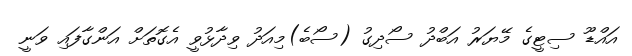
އައްޑޫ ސިޓީގެ މޭޔަރު އަބްދު ސޯދިގު (ސޯބެ)މިއަދު ވިދާޅުވީ އެގޮތަށް އަންގާފައި ވަނީ